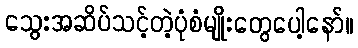
သွေးအဆိပ်သင့်တဲ့ပုံစံမျိုးတွေပေါ့နော်။